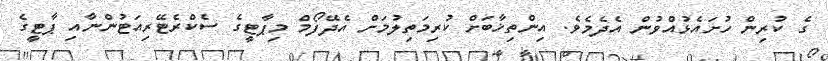
ގެ ކުރިން ހުށައެޅުއްވުން އެދެމެވެ. އިންތިޚާބަށް ކުރިމަތިލުމަށް އެދޭފޯމް މިޕާޓީގެ ސެކްރެޓޭރިއަޓުންނާއި ޕާޓީގެ